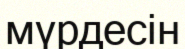
мүрдесін